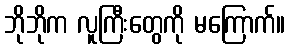
ဘိုဘိုက လူကြီးတွေကို မကြောက်။